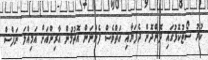
ކުރު ސޯޓުކޮޅުގައި ދޮންދޮން ދެފަޔާއި އަތްވެސް ފެންނަން އޮތުމުން އާރިންއަށް އަމިއްލަ ނަފްސް